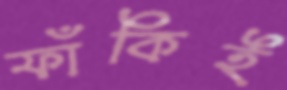
ফাঁকিই